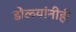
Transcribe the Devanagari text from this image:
डोळ्यांनीही